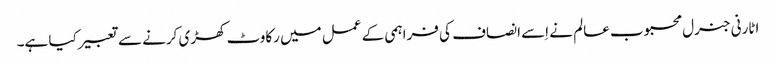
اٹارنی جنرل محبوب عالم نے اِسے انصاف کی فراہمی کے عمل میں رکاوٹ کھڑی کرنے سے تعبیر کیا ہے۔